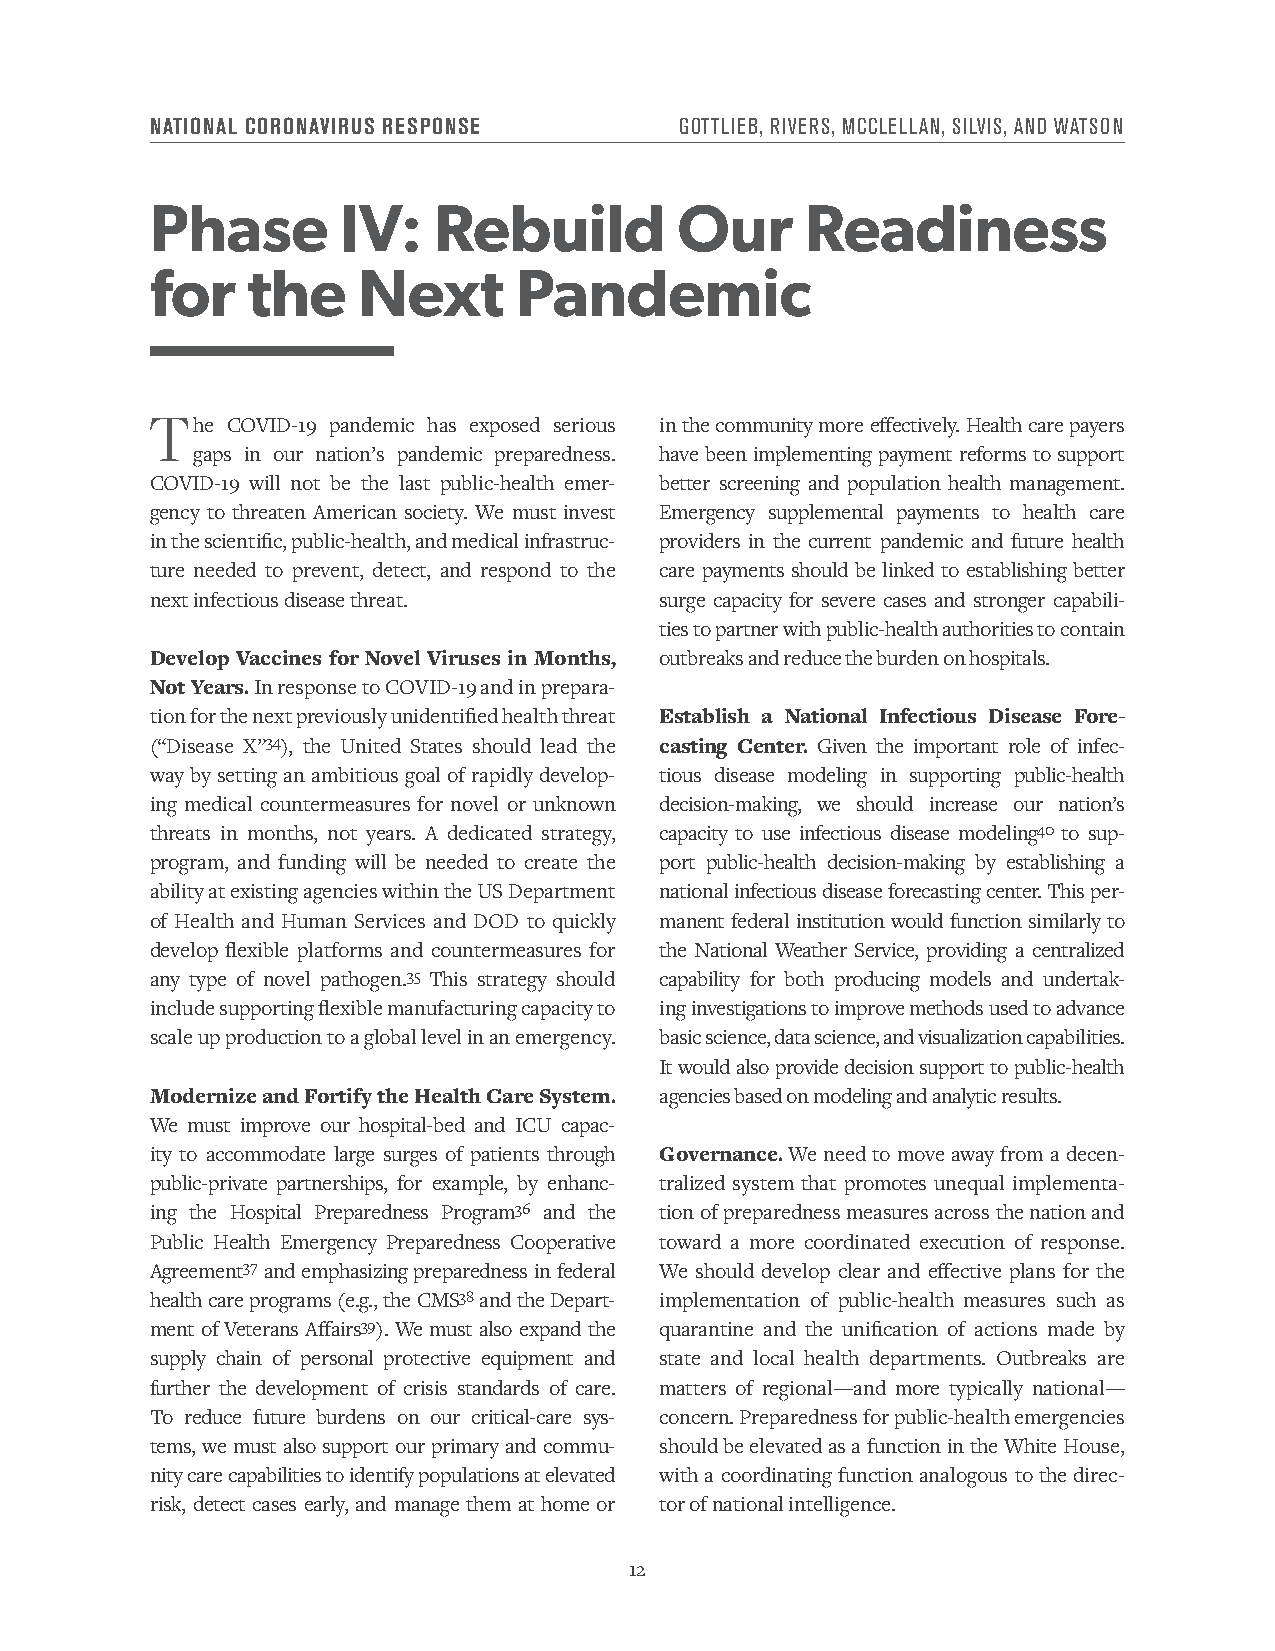
NATIONAL CORONAVIRUS RESPONSE      GOTTLIEB, RIVERS, MCCLELLAN, SILVIS, AND WATSON
 Phase        IV:   Rebuild         Our     Readiness
 for   the     Next      Pandemic
 The  COVID-19 pandemic has exposed serious in the community more effectively. Health care payers
 gaps in our nation’s pandemic preparedness. have been implementing payment reforms to support
 COVID-19 will not be the last public-health emer- better screening and population health management.
 gency to threaten American society. We must invest Emergency supplemental payments to health care
 in the scientific, public-health, and medical infrastruc- providers in the current pandemic and future health
 ture needed to prevent, detect, and respond to the care payments should be linked to establishing better
 next infectious disease threat.   surge capacity for severe cases and stronger capabili-
 ties to partner with public-health authorities to contain
 Develop Vaccines for Novel Viruses in Months, outbreaks and reduce the burden on hospitals.
 Not Years. In response to COVID-19 and in prepara-
 tion for the next previously unidentified health threat Establish a National Infectious Disease Fore-
 (“Disease X”34), the United States should lead the casting Center. Given the important role of infec-
 way by setting an ambitious goal of rapidly develop- tious disease modeling in supporting public-health
 ing medical countermeasures for novel or unknown decision-making, we should increase our nation’s
 threats in months, not years. A dedicated strategy, capacity to use infectious disease modeling40 to sup-
 program, and funding will be needed to create the port public-health decision-making by establishing a
 ability at existing agencies within the US Department national infectious disease forecasting center. This per-
 of Health and Human Services and DOD to quickly manent federal institution would function similarly to
 develop flexible platforms and countermeasures for the National Weather Service, providing a centralized
 any type of novel pathogen.35 This strategy should capability for both producing models and undertak-
 include supporting flexible manufacturing capacity to ing investigations to improve methods used to advance
 scale up production to a global level in an emergency. basic science, data science, and visualization capabilities.
 It would also provide decision support to public-health
 Modernize and Fortify the Health Care System. agencies based on modeling and analytic results.
 We must improve our hospital-bed and ICU capac-
 ity to accommodate large surges of patients through Governance. We need to move away from a decen-
 public-private partnerships, for example, by enhanc- tralized system that promotes unequal implementa-
 ing the Hospital Preparedness Program36 and the tion of preparedness measures across the nation and
 Public Health Emergency Preparedness Cooperative toward a more coordinated execution of response.
 Agreement37 and emphasizing preparedness in federal We should develop clear and effective plans for the
 health care programs (e.g., the CMS38 and the Depart- implementation of public-health measures such as
 ment of Veterans Affairs39). We must also expand the quarantine and the unification of actions made by
 supply chain of personal protective equipment and state and local health departments. Outbreaks are
 further the development of crisis standards of care. matters of regional—and more typically national—
 To reduce future burdens on our critical-care sys- concern. Preparedness for public-health emergencies
 tems, we must also support our primary and commu- should be elevated as a function in the White House,
 nity care capabilities to identify populations at elevated with a coordinating function analogous to the direc-
 risk, detect cases early, and manage them at home or tor of national intelligence.
 12